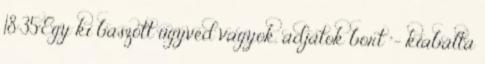
18:35"Egy ki baszott ügyvéd vagyok, adjatok bort "- kiabálta